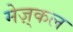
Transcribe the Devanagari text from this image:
मेज़्कल